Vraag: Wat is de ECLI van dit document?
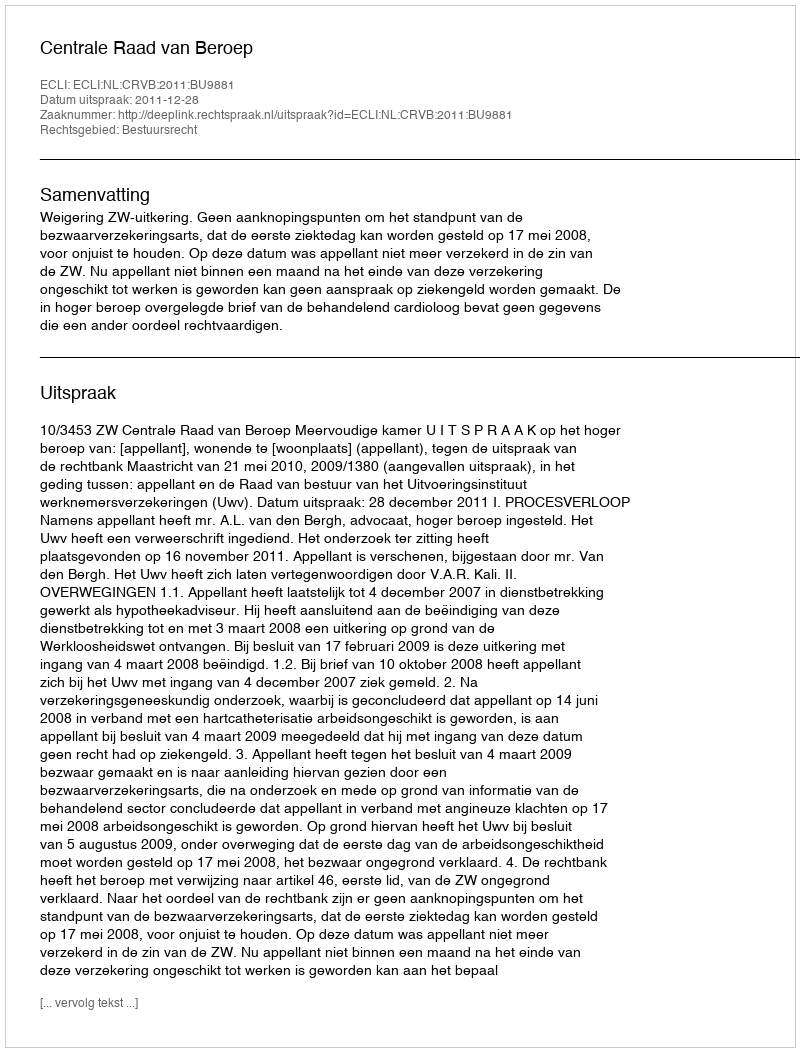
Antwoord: ECLI:NL:CRVB:2011:BU9881